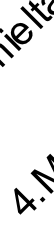
4 l